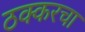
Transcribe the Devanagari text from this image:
ठक्करचा